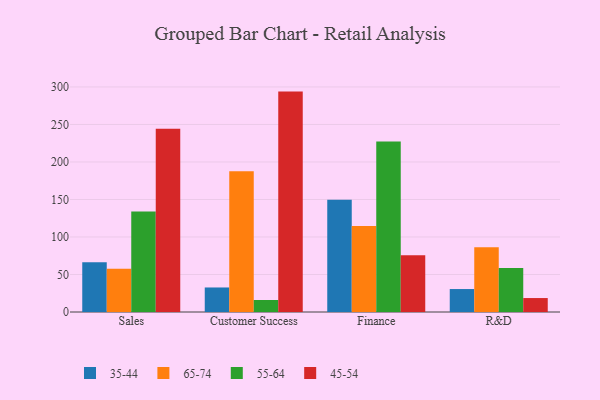
{"axis": {"x": "Department", "y": "Gross Profit (USD K)"}, "legend": ["35-44", "45-54", "55-64", "65-74"], "data": [{"x": "Sales", "y": 66.3, "type": "35-44"}, {"x": "Sales", "y": 57.5, "type": "65-74"}, {"x": "Sales", "y": 133.9, "type": "55-64"}, {"x": "Sales", "y": 244.4, "type": "45-54"}, {"x": "Customer Success", "y": 32.7, "type": "35-44"}, {"x": "Customer Success", "y": 187.5, "type": "65-74"}, {"x": "Customer Success", "y": 16.0, "type": "55-64"}, {"x": "Customer Success", "y": 293.8, "type": "45-54"}, {"x": "Finance", "y": 149.7, "type": "35-44"}, {"x": "Finance", "y": 114.6, "type": "65-74"}, {"x": "Finance", "y": 227.3, "type": "55-64"}, {"x": "Finance", "y": 75.8, "type": "45-54"}, {"x": "R&D", "y": 30.6, "type": "35-44"}, {"x": "R&D", "y": 86.3, "type": "65-74"}, {"x": "R&D", "y": 58.8, "type": "55-64"}, {"x": "R&D", "y": 18.6, "type": "45-54"}]}